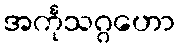
အင်္ကုသဂ္ဂဟော